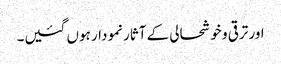
اور ترقی و خوشحالی کے آثار نمودار ہوں گئیں۔